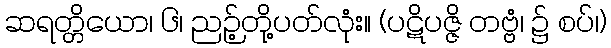
ဆရတ္တိယော၊ ၆၊ ညဉ့်တို့ပတ်လုံး။ (ပဋိပဇ္ဇိ တဗ္ဗံ၊ ၌ စပ်၊)